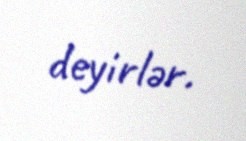
deyirlər.